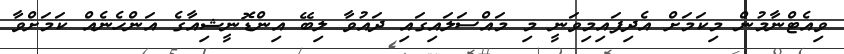
ވިއެޓްނާމުން މިކަމަށް އެދިފައިމިވަނީ މި މައްސަލައިގައި ދައުވާ ލިބޭ އިންޑޮނީޝިއާގެ އަންހެނެއް ކަމަށްވާ